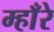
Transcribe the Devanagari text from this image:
म्हाँरे